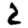
Digit: 2